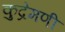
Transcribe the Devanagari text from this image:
कुद्रेमणी